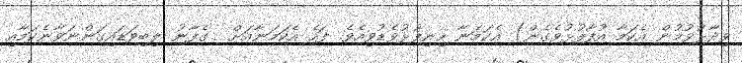
ވިދާޅުވުމުން އެކަމާ އުފާފުޅުވެގެން) އެކަމަނާ ހިނިފުޅުވެޑުވިއެވެ. ފަހެ އެކަމަނާއަށް  ގެފާނު ލިބިވަޑައިގަންނަވާނެކަމާއި